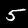
Digit: 5